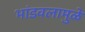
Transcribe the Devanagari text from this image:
भांडवलामुळे